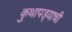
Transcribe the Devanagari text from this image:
कुथापड्याची